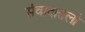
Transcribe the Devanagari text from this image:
संवादातली